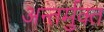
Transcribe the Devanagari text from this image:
अन्तर्मुक्त